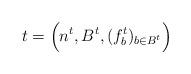
LaTeX: \begin{align*}t = \Big( n^t, B^t, (f^t_b)_{b \in B^t} \Big)\end{align*}